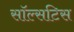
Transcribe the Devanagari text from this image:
सॉल्सटिस